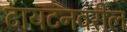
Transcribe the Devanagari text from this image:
टायटनवरील